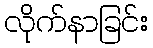
လိုက်နာခြင်း